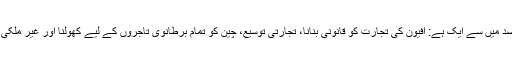
"دوسری افیونی جنگ" برطانوی تزویراتی مقاصد میں سے ایک ہے: افیون کی تجارت کو قانونی بنانا، تجارتی توسیع، چین کو تمام برطانوی تاجروں کے لیے کھولنا اور غیر ملکی درآمدات کو مقامی لگان سے مستثنی قرار دینا۔